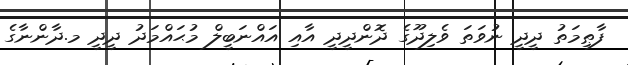
ފާޠިމަތު ދީދީ ނުވަތަ ވެލިދޫގެ ދޮންދީދީ އާއި އައްނަބީލް މުޙައްމަދު ދީދީ މ.ދާންނާގެ